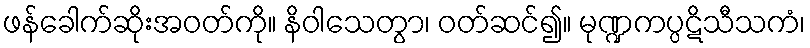
ဖန်ခေါက်ဆိုးအဝတ်ကို။ နိဝါသေတွာ၊ ဝတ်ဆင်၍။ မုဏ္ဍကပ္ပဋိသီသကံ၊